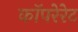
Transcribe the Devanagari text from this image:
कॉपरेरेट